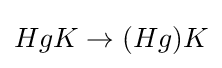
HgK\to (Hg)K